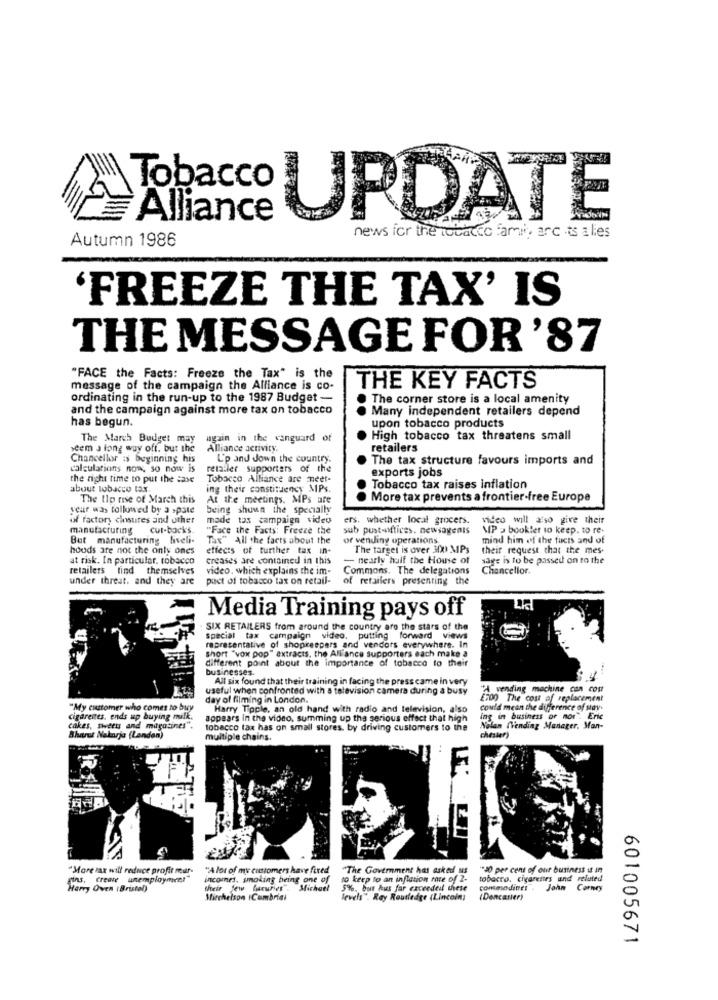
Tobacco
Alliance
UPDATE
news for the tobacco famii, arc ts alies
Autumn 1986
'FREEZE THE TAX' IS
THE MESSAGE FOR '87
"FACE the Facts: Freeze the Tax" is the
message of the campaign the Alliance is co-
THE KEY FACTS
ordinating in the run-up to the 1987 Budget -
The corner store is a local amenity
and the campaign against more tax on tobacco
Many independent retailers depend
has begun.
upon tobacco products
The March Budget may
again in the vanguard of
High tobacco tax threatens small
seem a long way off. but the
Alliance activity.
retailers
Chancellor :s beginning his
L'p and down the country.
The tax structure favours imports and
calculations now, so now is
retailer supporters of the
exports jobs
the right time to put the :2xe
Tobacco Alliance are meet-
about tobacco tax.
ing their constituency MPs.
Tobacco tax raises inflation
The Ilp rise of March this
At the meetings. MPs are
More tax prevents a frontier-free Europe
your was followed by a spate
being shown the specially
of factory closures and other
made tax campaign video
ers. whether local grocers.
video will also give their
manufacturing cut-backs.
"Face the Facts: Freeze the
sub pustittices. newsagenis
MP > booklet to keep. to re-
But manufacturing hiveli-
Tax" All the facts about the
or vending operations
mind him of the facts and of
hoods are not the only ones
effects of turther tax in-
The target is over 300 MIPs
their request that the mes-
at risk. In particular. tobacco
creases are contained in this
- nearly half the House of
sage is to be passed on to the
retailers find themselves
video. which explains the im-
Commons. The delegations
Chancellor.
under threat. and they are
puct of tobacco tax on retail-
of retailers presenting the
Media Training pays off
SIX RETAILERS from around the country aro the stars of the
special tax campaign video, putting forward views
representative of shopkeepers and vendors everywhere. In
short "vox pop" extracts, the Alliance supporters each make a
different point about the importance of tobacco to their
businesses.
All six found that their training in facing the press came In very
useful when confronted with a television camera during a busy
"A vending machine con cou
day of filming in London.
£700 The cost of replacement
"My customer who comes to buy
Harry Tipple, an old hand with radio and television, also
could mean the difference of stay.
cigarenes, ends up buying milk.
appears In the video, summing up the serious effect that high
ing in business or nor". Eric
cakes, sweets and magazines".
tobacco tax has on small stores, by driving customers to the
Nolan Trending Manager, Man-
Bharut Nakarja (Landen)
multiple chains.
chester)
LEA
"More vax will reduce profit mar-
"A lot of my customers have fired
"The Government has asked us
"40 per cent of our business u in
ins, create _unemployment
incomes, smoking being one of
to keep to an inflation rate of 2-
tobacco. cigarenes and related
Harry Oven (Bristol)
their few laruries". Michael
5%. but kus far caceeded these
commodines .
John Corney
Mirchelson ICumbrial
levels". Ray Routledge (Lincoln;
(Dencasier)
601005671